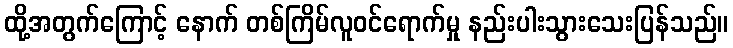
ထို့အတွက်ကြောင့် နောက် တစ်ကြိမ်လူဝင်ရောက်မှု နည်းပါးသွားသေးပြန်သည်။